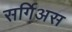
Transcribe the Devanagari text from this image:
सर्गिअस